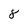
Character: 8